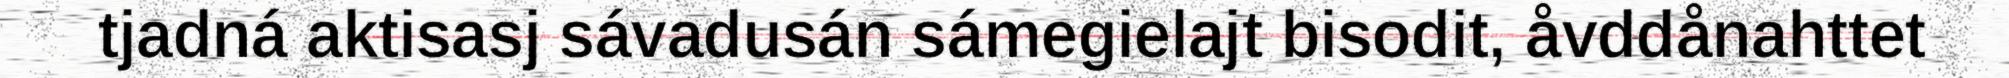
tjadná aktisasj sávadusán sámegielajt bisodit, åvddånahttet